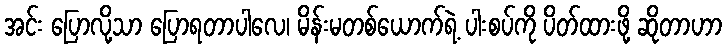
အင်း ပြောလို့သာ ပြောရတာပါလေ၊ မိန်းမတစ်ယောက်ရဲ့ ပါးစပ်ကို ပိတ်ထားဖို့ ဆိုတာဟာ